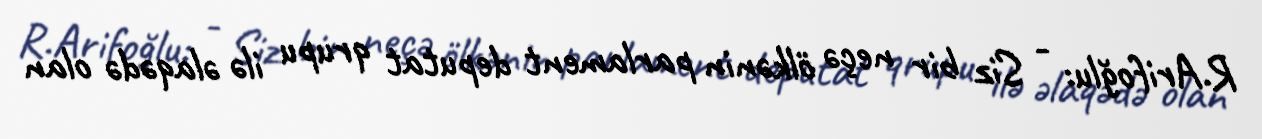
R.Arifoğlu: - Siz bir neçə ölkənin parlament deputat qrupu ilə əlaqədə olan